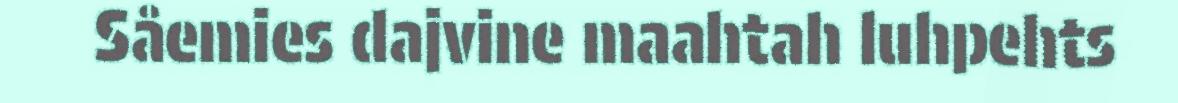
Såemies dajvine maahtah luhpehts